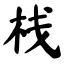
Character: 栈